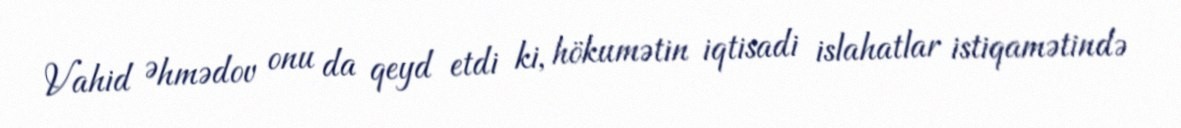
Vahid Əhmədov onu da qeyd etdi ki, hökumətin iqtisadi islahatlar istiqamətində